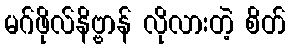
မဂ်ဖိုလ်နိဗ္ဗာန် လိုလားတဲ့ စိတ်